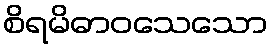
စိရမိဓာဝသေသော